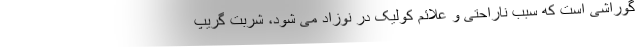
گوراشی است که سبب ناراحتی و علائم کولیک در نوزاد می شود، شربت گریپ